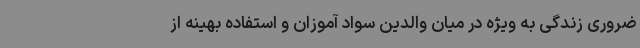
ضروری زندگی به ویژه در میان والدین سواد آموزان و استفاده بهینه از